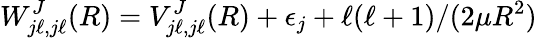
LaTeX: W_{j\ell,j\ell}^{J}(R)=V_{j\ell,j\ell}^{J}(R)+\epsilon_{j}+\ell(\ell+1)/(2\mu R^{2})